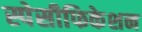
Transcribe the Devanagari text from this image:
स्पेसीफिकेशन